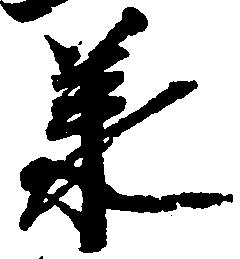
承